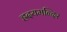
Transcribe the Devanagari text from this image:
ह्रदयमन्दिर